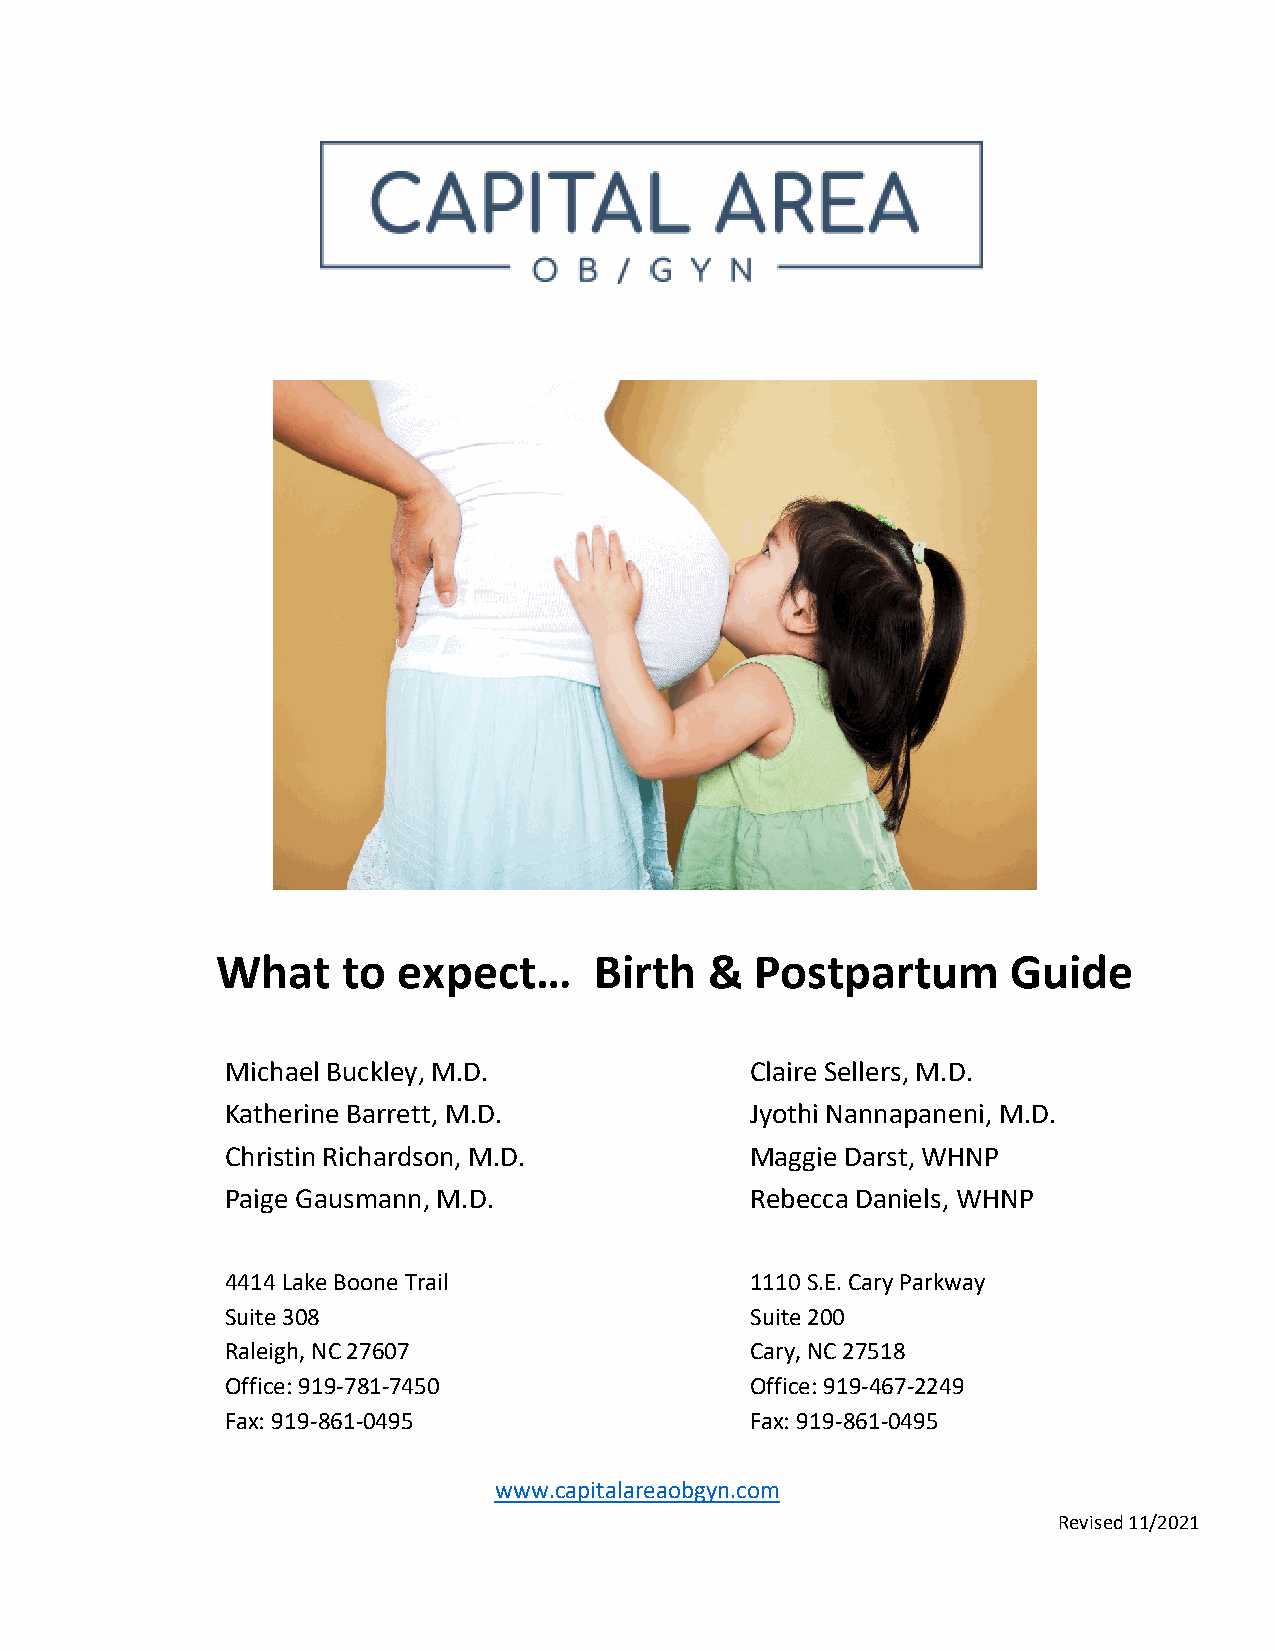
What     to expect…      Birth   &  Postpartum       Guide
 Michael Buckley, M.D.              Claire Sellers, M.D.
 Katherine Barrett, M.D.            Jyothi Nannapaneni, M.D.
 Christin Richardson, M.D.          Maggie Darst, WHNP
 Paige Gausmann, M.D.               Rebecca Daniels, WHNP
 4414 Lake Boone Trail              1110 S.E. Cary Parkway
 Suite 308                          Suite 200
 Raleigh, NC 27607                  Cary, NC 27518
 Office: 919-781-7450               Office: 919-467-2249
 Fax: 919-861-0495                  Fax: 919-861-0495
 www.capitalareaobgyn.com
 Revised 11/2021